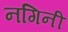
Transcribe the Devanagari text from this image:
नगिनी